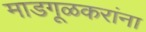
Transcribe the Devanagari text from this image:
माडगूळकरांना